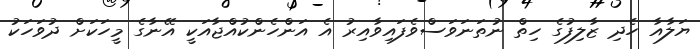
ޔަލާއާ ހެދި ޒާލިފުގެ ހިތް ނުތަނަވަސްވެފައިވާއިރު އެ އަންހެންކުއްޖާއަކީ އޭނާގެ މީހަކަށް ދުވަހަކު